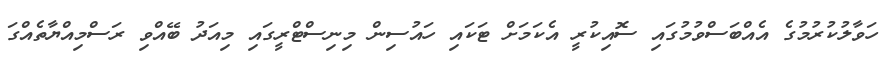
ހަވާލުކުރުމުގެ އެއްބަސްވުމުގައި ސޮއިކުރީ އެކަމަށް ޓަކައި ހައުސިން މިނިސްޓްރީގައި މިއަދު ބޭއްވި ރަސްމިއްޔާތެއްގަ